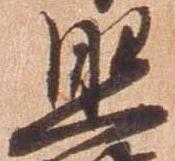
照